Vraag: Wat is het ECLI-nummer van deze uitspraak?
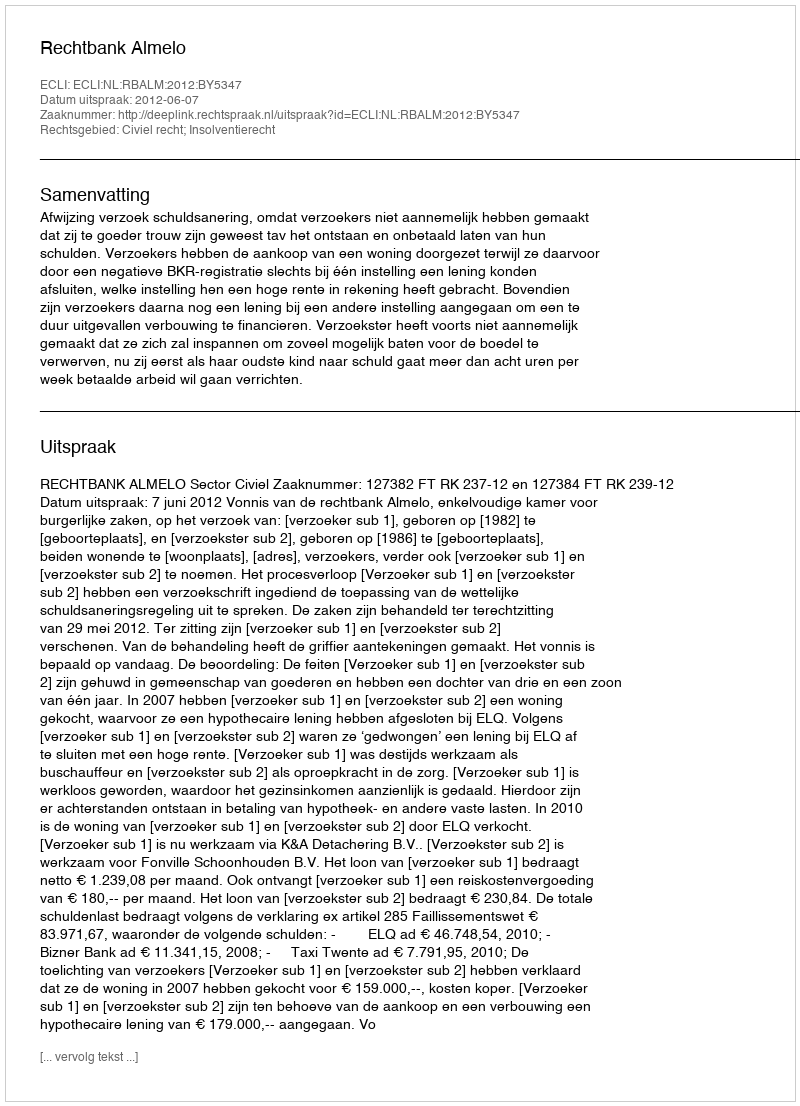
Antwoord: ECLI:NL:RBALM:2012:BY5347